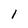
Character: I